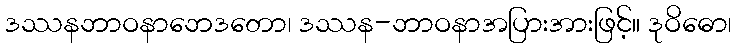
ဒဿနဘာဝနာဘေဒတော၊ ဒဿန-ဘာဝနာအပြားအားဖြင့်။ ဒုဝိဓော၊